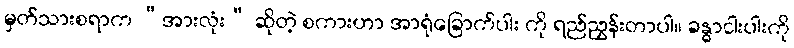
မှတ်သားစရာက “အားလုံး” ဆိုတဲ့ စကားဟာ အာရုံခြောက်ပါး ကို ရည်ညွှန်းတာပါ။ ခန္ဓာငါးပါးကို